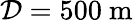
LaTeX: \mathcal{D}=500~\mathrm{m}